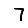
Digit: 7